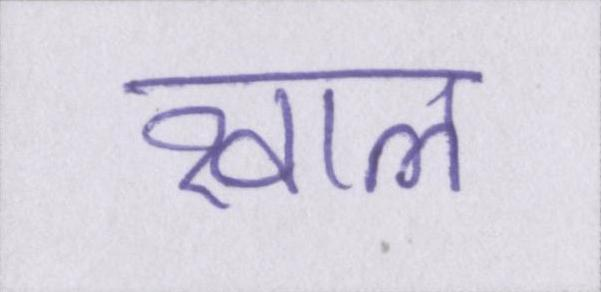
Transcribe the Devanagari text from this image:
खाल